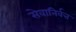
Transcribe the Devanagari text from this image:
सेवानिर्वत्त